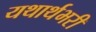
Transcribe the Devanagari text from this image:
यथार्थभरी